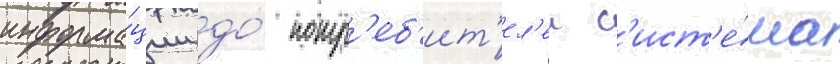
информа́ции до́ потр'еб'ит'ел'еи с'ист'е́ма